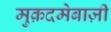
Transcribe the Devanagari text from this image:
मुक़दमेबाज़ी